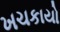
ખચકાયો